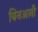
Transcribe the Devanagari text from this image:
बिनअली